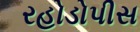
રહોડોપીસ